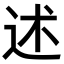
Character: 述